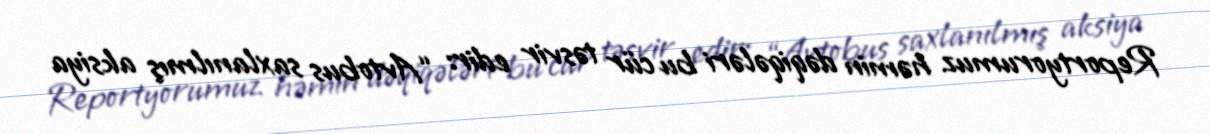
Reportyorumuz həmin dəqiqələri bu cür təsvir edir: “Avtobus saxlanılmış aksiya